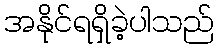
အနိုင်ရရှိခဲ့ပါသည်